Leprosy in India: report of the Leprosy Commission in India, 1890-91
Year: 1890
Disease focus: Leprosy
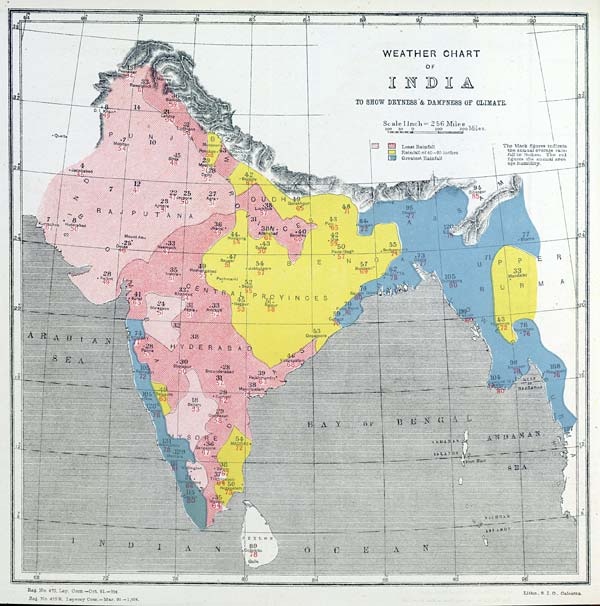
Reg. No. 475, Lep. Com.—Oct. 91.—304.
Reg. No. 475 R. Leprosy Com.—Mar. 92.—1,004.
Litho., S. I. O., Calcutta.